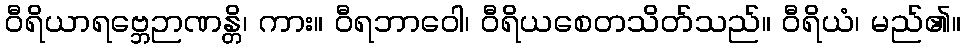
ဝီရိယာရဗ္ဘေဉာဏန္တိ၊ ကား။ ဝီရဘာဝေါ၊ ဝီရိယစေတသိတ်သည်။ ဝီရိယံ၊ မည်၏။